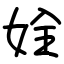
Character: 姾